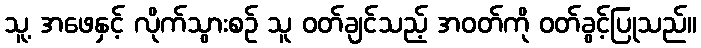
သူ့ အဖေနှင့် လိုက်သွားစဉ် သူ ဝတ်ချင်သည့် အဝတ်ကို ဝတ်ခွင့်ပြုသည်။